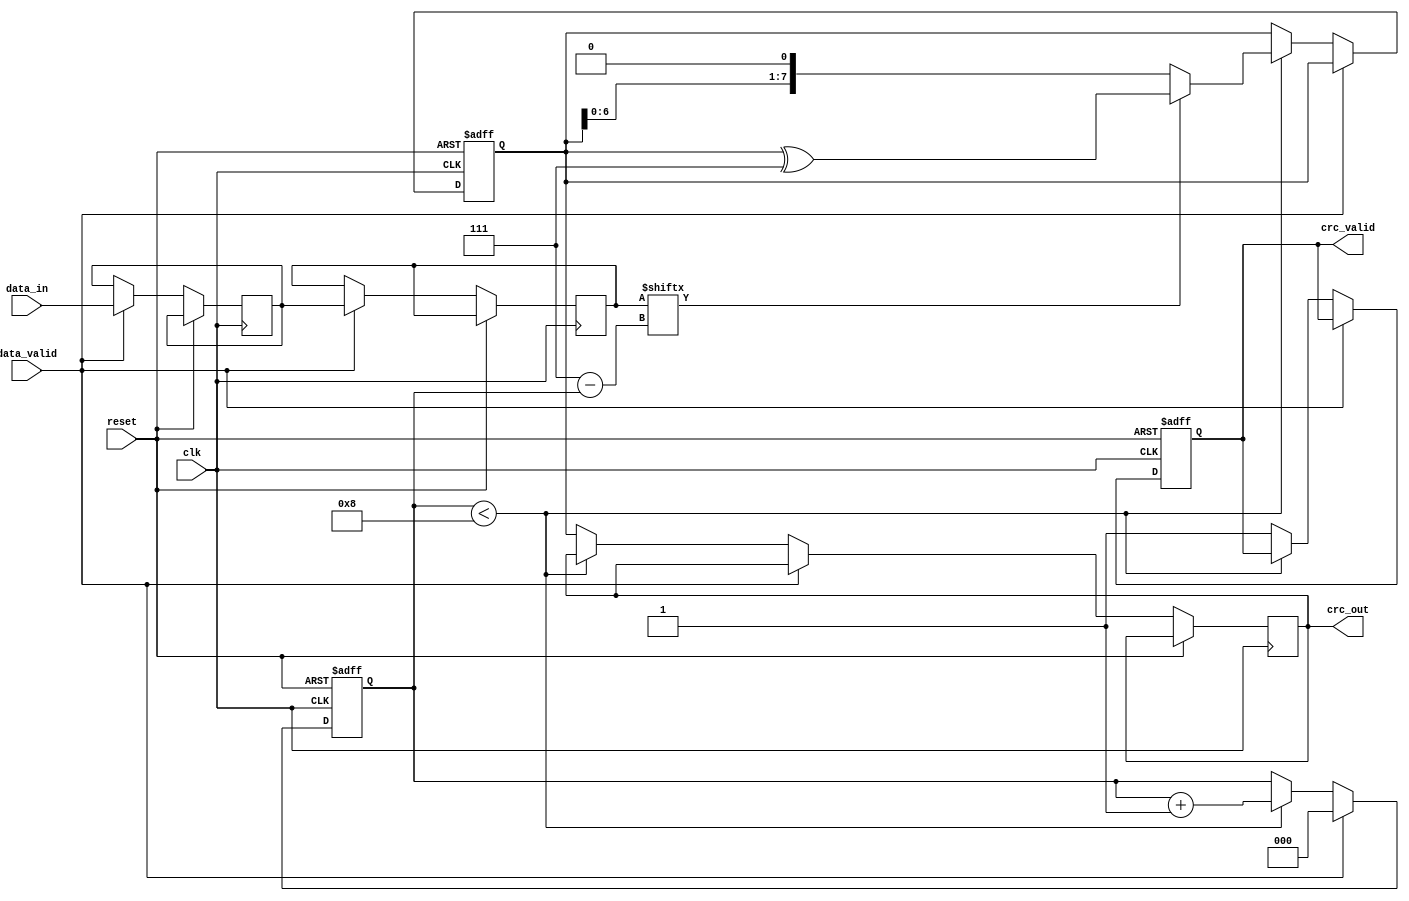
module parameterized_crc #(
    parameter CRC_WIDTH = 8,
    parameter POLYNOMIAL = 8'h07, // Example polynomial for CRC-8
    parameter INITIAL_VALUE = 8'h00,
    parameter REFLECT_INPUT = 1'b0,
    parameter REFLECT_OUTPUT = 1'b0
)(
    input wire clk,
    input wire reset,
    input wire [7:0] data_in, // Assuming 8-bit input data
    input wire data_valid,
    output reg [CRC_WIDTH-1:0] crc_out,
    output reg crc_valid
);

    reg [CRC_WIDTH-1:0] crc_reg;
    reg [2:0] bit_counter; // To track the number of bits processed
    reg [7:0] data_buffer; // Buffer for input data
    reg [7:0] data_temp;   // Temporary variable for reflecting input

    // Reflect function for input and output
    function [7:0] reflect;
        input [7:0] data;
        integer i;
        begin
            reflect = 0;
            for (i = 0; i < 8; i = i + 1) begin
                reflect[i] = data[7 - i];
            end
        end
    endfunction

    // Initialization and CRC computation
    always @(posedge clk or posedge reset) begin
        if (reset) begin
            crc_reg <= INITIAL_VALUE;
            crc_valid <= 1'b0;
            bit_counter <= 3'b0;
        end else if (data_valid) begin
            // Load data into buffer
            data_buffer <= data_in;
            // Reflect input if needed
            data_temp <= REFLECT_INPUT ? reflect(data_buffer) : data_buffer;
            bit_counter <= 3'b0; // Reset bit counter
        end else if (bit_counter < 8) begin
            // CRC computation for each bit
            crc_reg <= {crc_reg[CRC_WIDTH-2:0], 1'b0}; // Shift left
            if (data_temp[7 - bit_counter]) begin
                crc_reg <= crc_reg ^ POLYNOMIAL; // XOR with polynomial
            end
            bit_counter <= bit_counter + 1;
        end else begin
            // Finished processing all bits
            crc_out <= REFLECT_OUTPUT ? reflect(crc_reg) : crc_reg;
            crc_valid <= 1'b1; // Indicate CRC is valid
        end
    end

endmodule